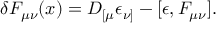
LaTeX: \delta F _ { \mu \nu } ( x ) = D _ { [ \mu } \epsilon _ { \nu ] } - [ \epsilon , F _ { \mu \nu } ] .